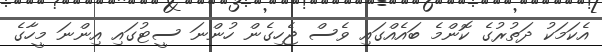
އެކަމަކު ދަތުރުގެ ކޮންމެ ބައެއްގައި ވެސް ޖެހިގެން ހުންނަ ސީޓުގައި އިންނަ މީހާގެ